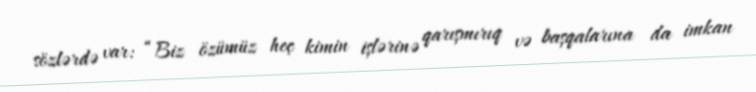
sözlərdə var: “Biz özümüz heç kimin işlərinə qarışmırıq və başqalarına da imkan